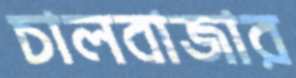
চালবাজার